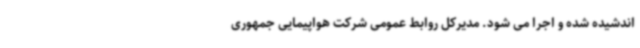
اندشیده شده و اجرا می شود. مدیرکل روابط عمومی شرکت هواپیمایی جمهوری